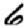
Digit: 6